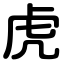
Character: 虎